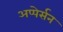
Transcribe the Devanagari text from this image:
अप्पेर्सन